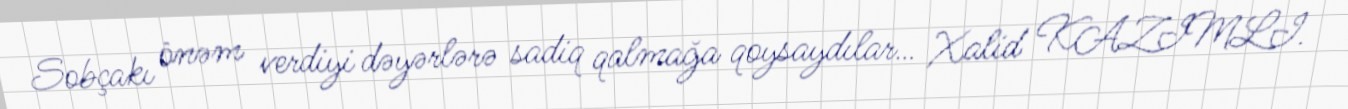
Sobçakı önəm verdiyi dəyərlərə sadiq qalmağa qoysaydılar… Xalid KAZIMLI.